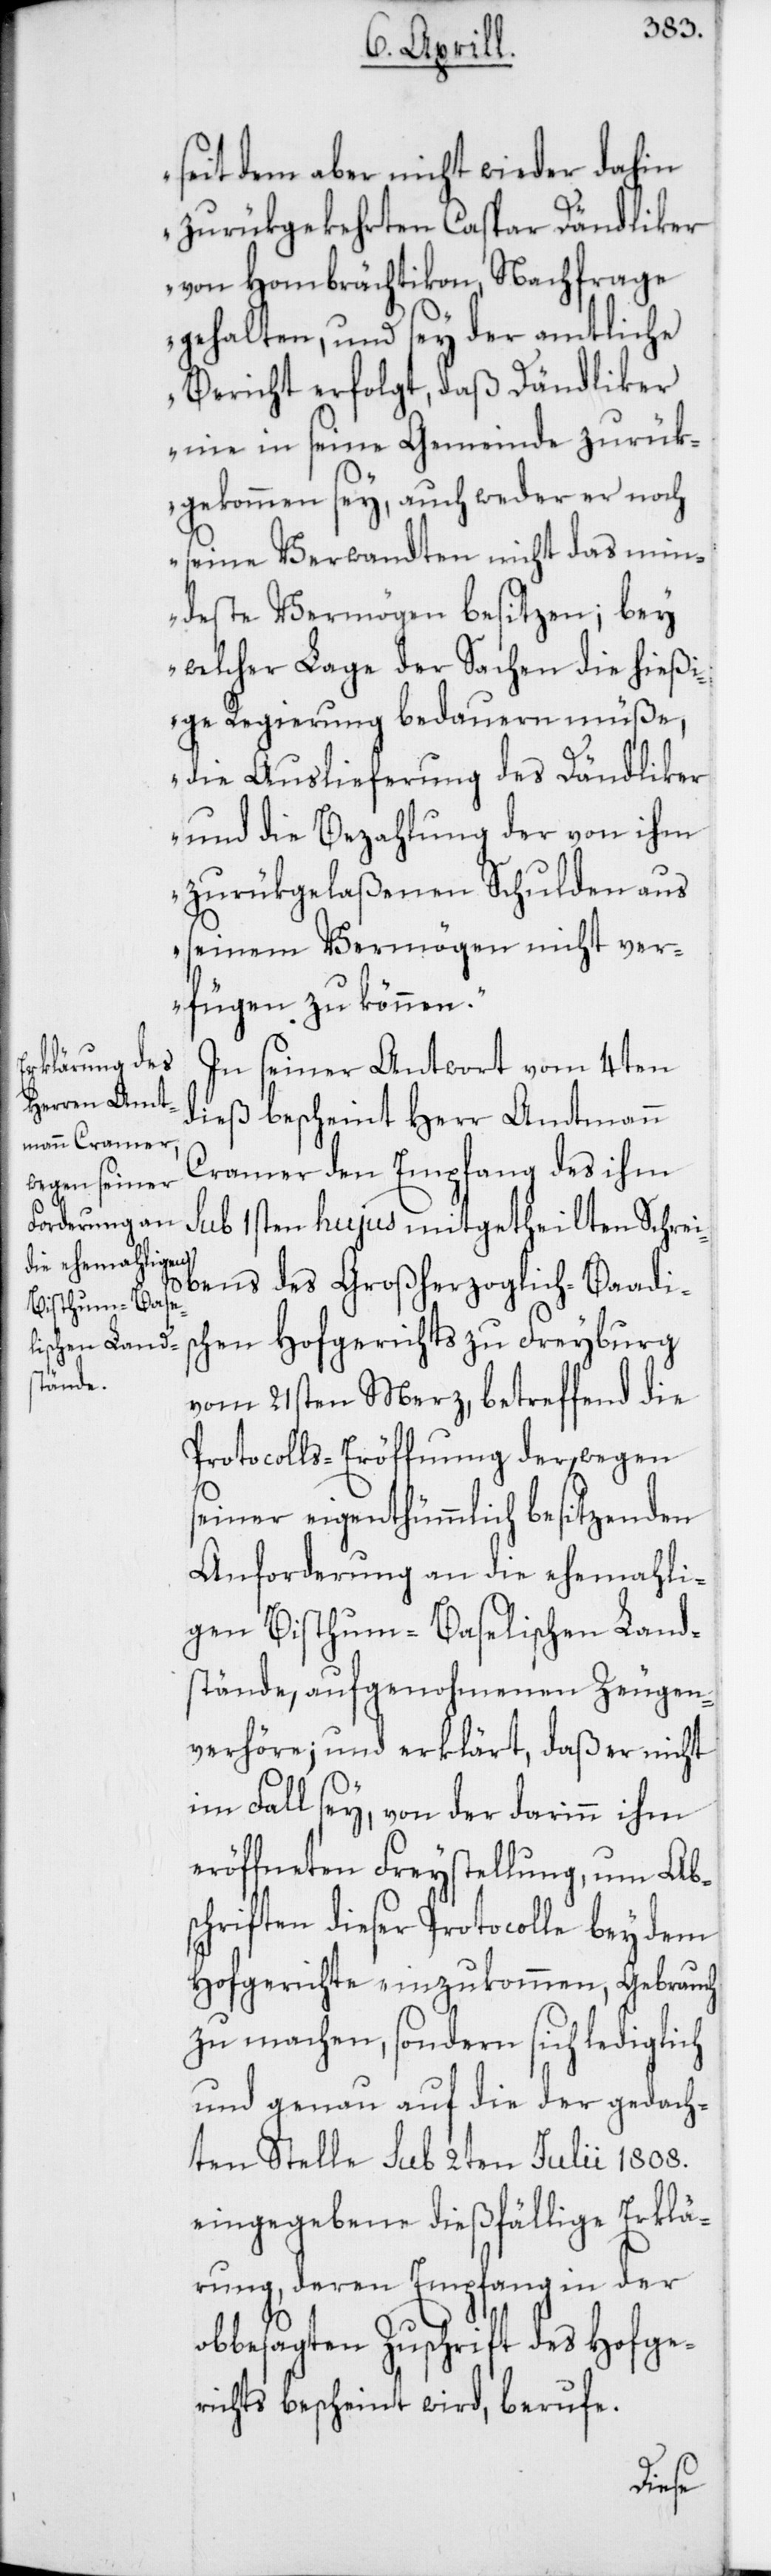
seit dem aber nicht wieder dahin
zurükgekehrten Caspar Dändliker
von Hombrächtikon, Nachfrage
gehalten, und sey der amtliche
Bericht erfolgt, daß Dändliker
nie in seine Gemeinde zurük¬
gekommen sey, auch weder er noch
seine Verwandten nicht das min¬
deste Vermögen besitzen; bey
welcher Lage der Sachen die hießi¬
ge Regierung bedauern müße,
die Auslieferung des Dändliker
und die Bezahlung der von ihm
zurükgelaßenen Schulden aus
seinem Vermögen nicht ver¬
fügen zu können.“
In seiner Antwort vom 4ten
dieß bescheint Herr Amtmann
Cramer den Empfang des ihm
sub 1sten hujus mitgetheilten Schrei¬
bens des Großherzoglich-Baadis¬
chen Hofgerichts zu Freyburg
vom 21sten Merz, betreffend die
Protocolls-Eröffnung der, wegen
seiner eigentümlich besitzenden
Anforderung an die ehemahli¬
gen Bisthum-Baselischen Land¬
stände, aufgenohmenen Zeugen¬
verhöre; und erklärt, daß er nicht
im Fall sey, von der darinn ihm
eröffneten Freystellung, um Ab¬
schriften dieser Protocolle bey dem
Hofgerichte einzukommen, Gebrauch
zu machen, sondern sich lediglich
und genau auf die der gedach¬
ten Stelle sub 2ten Julii 1808.
eingegebene dießfällige Erklä¬
rung, deren Empfang in der
obbesagten Zuschrift des Hofge¬
richts bescheint wird, berufe.